Source: Computer-generated
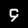
Digit: ၄ (4)